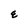
Character: E